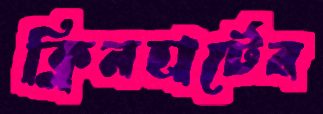
ক্লিনহার্টের